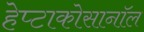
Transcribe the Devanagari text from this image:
हेप्टाकोसानॉल